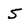
Character: 5